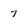
Character: 7